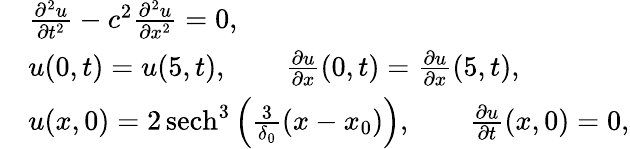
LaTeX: \begin{array}{rl}&{\frac{\partial^{2}u}{\partial t^{2}}-c^{2}\frac{\partial^{2}u}{\partial x^{2}}=0,}\\ &{u(0,t)=u(5,t),\qquad\frac{\partial u}{\partial x}(0,t)=\frac{\partial u}{\partial x}(5,t),}\\ &{u(x,0)=2\, \mathrm{sech}^{3}\left(\frac{3}{\delta_{0}}(x-x_{0})\right),\qquad\frac{\partial u}{\partial t}(x,0)=0,}\end{array}